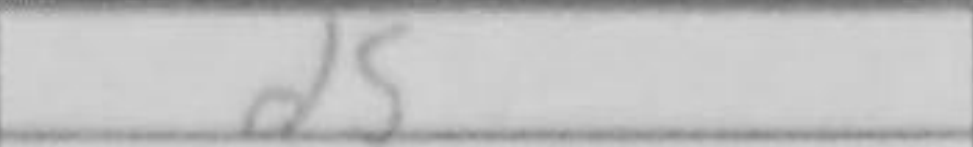
Transcription: d5